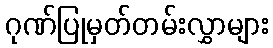
ဂုဏ်ပြုမှတ်တမ်းလွှာများ